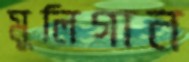
মুলিগান